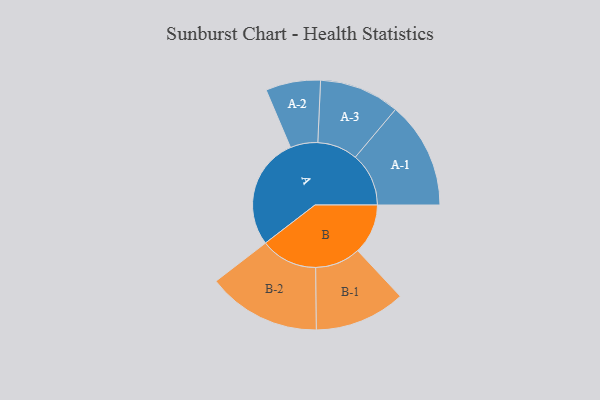
{"axis": {"x": "Segment", "y": "Value"}, "legend": ["", "A", "B"], "data": [{"x": "A", "y": 490, "type": ""}, {"x": "B", "y": 220, "type": ""}, {"x": "A-1", "y": 234, "type": "A"}, {"x": "A-2", "y": 120, "type": "A"}, {"x": "A-3", "y": 176, "type": "A"}, {"x": "B-1", "y": 199, "type": "B"}, {"x": "B-2", "y": 249, "type": "B"}]}